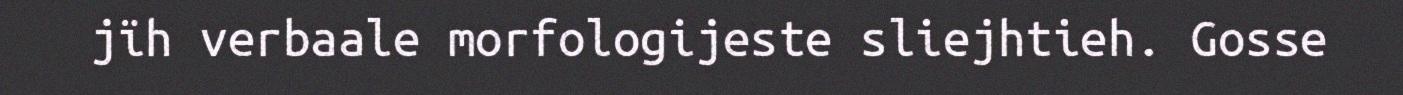
jïh verbaale morfologijeste sliejhtieh. Gosse